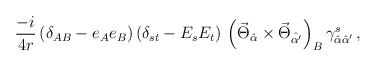
\begin{align*}\frac{-i}{4r} \, ( \delta_{AB} - e_A e_B ) \, ( \delta_{st} - E_sE_t) \, \left( \vec{\Theta}_{\hat{\alpha}} \times \vec{\Theta}_{\hat{\alpha'}} \right)_B \gamma^s_{\hat{\alpha}\hat{\alpha}'} \, , \end{align*}